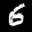
Label: 6